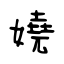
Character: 嬈